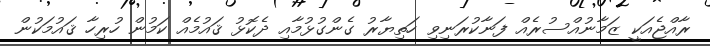
ރާއްޖެއަކީ ޒަމާނުއްސުރެއް ފަނާކުރަނިވި ހަތިޔާރު ގެންގުޅުމާއި ދެކޮޅު ޤައުމެއް ކަމުން ހުރިހާ ޤައުމަކުން